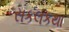
સકલકથા